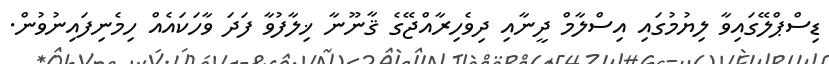
ޑިސްޕްލޭގައިވާ ލިޔުމުގައި އިސްލާމް ދީނާއި ދިވެހިރާއްޖޭގެ ޤާނޫނާ ޚިލާފުވާ ފަދަ ވާހަކައެއް ހިމެނިފައިނުވުން.